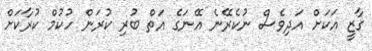
ގާޒީ އަކަށް އަދިވެސް ނުކެރޭނެ އޭނަގެ އަތް ބުރި ކުރަން ހުކުމް ކުރާކަށް